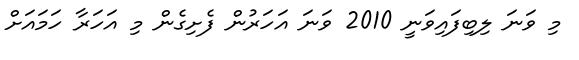
މި ވަނަ ލިބިފައިވަނީ 2010 ވަނަ އަހަރުން ފެށިގެން މި އަހަރާ ހަމައަށް